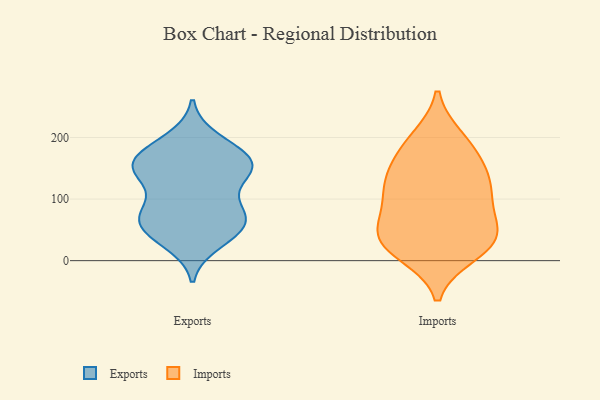
{"axis": {"x": "Population (Million)", "y": "Value"}, "legend": ["Exports", "Imports"], "data": [{"x": "", "y": 197, "type": "Exports"}, {"x": "", "y": 144, "type": "Exports"}, {"x": "", "y": 73, "type": "Exports"}, {"x": "", "y": 137, "type": "Exports"}, {"x": "", "y": 57, "type": "Exports"}, {"x": "", "y": 29, "type": "Exports"}, {"x": "", "y": 154, "type": "Exports"}, {"x": "", "y": 169, "type": "Exports"}, {"x": "", "y": 86, "type": "Exports"}, {"x": "", "y": 153, "type": "Exports"}, {"x": "", "y": 186, "type": "Exports"}, {"x": "", "y": 75, "type": "Exports"}, {"x": "", "y": 64, "type": "Exports"}, {"x": "", "y": 85, "type": "Exports"}, {"x": "", "y": 168, "type": "Exports"}, {"x": "", "y": 144, "type": "Exports"}, {"x": "", "y": 46, "type": "Exports"}, {"x": "", "y": 150, "type": "Exports"}, {"x": "", "y": 42, "type": "Exports"}, {"x": "", "y": 157, "type": "Imports"}, {"x": "", "y": 39, "type": "Imports"}, {"x": "", "y": 30, "type": "Imports"}, {"x": "", "y": 28, "type": "Imports"}, {"x": "", "y": 50, "type": "Imports"}, {"x": "", "y": 136, "type": "Imports"}, {"x": "", "y": 103, "type": "Imports"}, {"x": "", "y": 11, "type": "Imports"}, {"x": "", "y": 106, "type": "Imports"}, {"x": "", "y": 125, "type": "Imports"}, {"x": "", "y": 69, "type": "Imports"}, {"x": "", "y": 119, "type": "Imports"}, {"x": "", "y": 16, "type": "Imports"}, {"x": "", "y": 195, "type": "Imports"}, {"x": "", "y": 171, "type": "Imports"}, {"x": "", "y": 199, "type": "Imports"}, {"x": "", "y": 55, "type": "Imports"}]}